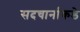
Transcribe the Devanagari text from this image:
सदचार्नाकडे